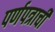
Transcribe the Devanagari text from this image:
पर्णपत्राची